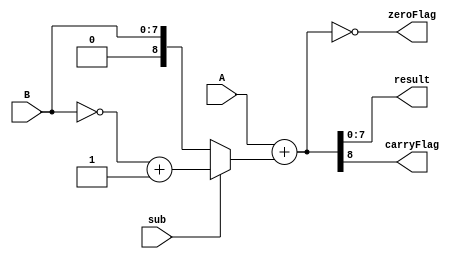
`timescale 1ns / 1ps
//////////////////////////////////////////////////////////////////////////////////
// Company: 
// Engineer: 
// 
// Design Name: 
// Module Name:    alu 
// Project Name: 
// Target Devices: 
// Tool versions: 
// Description: 
//
// Dependencies: 
//
// Revision: 
// Revision 0.01 - File Created
// Additional Comments: 
//
//////////////////////////////////////////////////////////////////////////////////
module alu(result, carryFlag, zeroFlag, A, B, sub);
    output [7:0] result; 
    output carryFlag, zeroFlag;
    input [7:0] A, B;
    input sub;
	 
	 wire [8:0] fullSum;
	 
	 assign fullSum = A + (sub ? ~B + 1: B);
	 assign result = fullSum[7:0];
	 assign carryFlag = fullSum[8];
	 assign zeroFlag = fullSum == 0;
endmodule